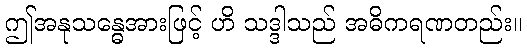
ဤအနုသန္ဓေအားဖြင့် ဟိ သဒ္ဒါသည် အဓိကရဏတည်း။